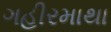
ગહીરમાથા